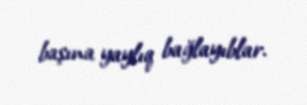
başına yaylıq bağlayıblar.